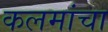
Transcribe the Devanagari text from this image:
कलमांचा